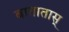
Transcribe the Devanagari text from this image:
बातातास्